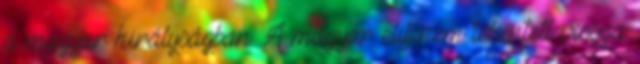
a magyar királyságban. A magyar elit nem tekintett vissza